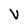
Character: V